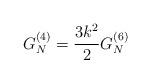
LaTeX: \begin{align*}G_{N}^{(4)}=\frac{3k^{2}}{2}G_{N}^{(6)} \end{align*}